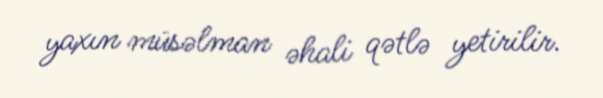
yaxın müsəlman əhali qətlə yetirilir.